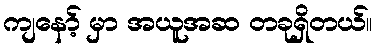
ကျနော့် မှာ အယူအဆ တခုရှိတယ်။